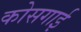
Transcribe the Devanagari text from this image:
कोसगाई